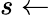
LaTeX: s\gets